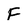
Character: F